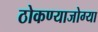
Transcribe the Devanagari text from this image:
ठोकण्याजोग्या